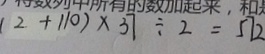
( 2 + 1 1 0 ) \times 3 7 \div 2 = 5 7 2